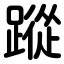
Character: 蹤